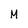
Character: M